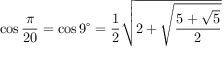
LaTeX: \cos { \frac { \pi } { 2 0 } } = \cos 9 ^ { \circ } = { \frac { 1 } { 2 } } { \sqrt { 2 + { \sqrt { \frac { 5 + { \sqrt { 5 } } } { 2 } } } } }